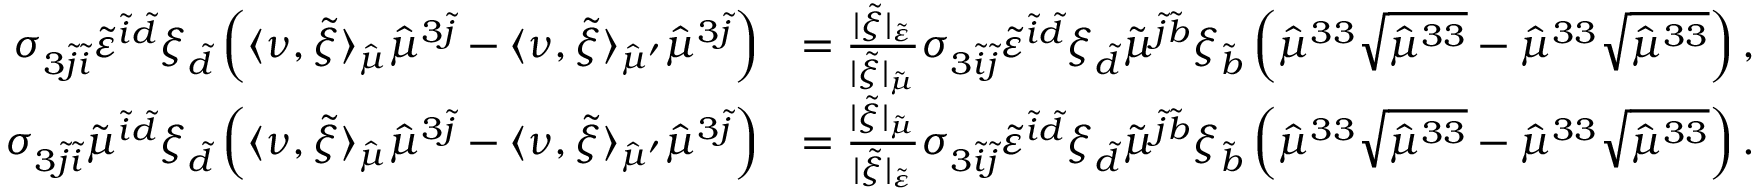
\begin{array} { r l } { \sigma _ { 3 \tilde { j } \tilde { i } } \tilde { \varepsilon } ^ { \tilde { i } \tilde { d } } \xi _ { \tilde { d } } \left( \langle \nu , \tilde { \xi } \rangle _ { \hat { \mu } } \hat { \mu } ^ { 3 \tilde { j } } - \langle \nu , \tilde { \xi } \rangle _ { \hat { \mu } ^ { \prime } } \hat { \mu } ^ { 3 \tilde { j } } \right) } & { = \frac { \lvert \tilde { \xi } \rvert _ { \tilde { \varepsilon } } } { \lvert \tilde { \xi } \rvert _ { \tilde { \mu } } } \sigma _ { 3 \tilde { i } \tilde { j } } \tilde { \varepsilon } ^ { \tilde { i } \tilde { d } } \xi _ { \tilde { d } } \tilde { \mu } ^ { \tilde { j } \tilde { b } } \xi _ { \tilde { b } } \left( \hat { \mu } ^ { 3 3 } \sqrt { \hat { \mu } ^ { 3 3 } } - \hat { \mu } ^ { 3 3 } \sqrt { \hat { \mu } ^ { 3 3 } } \right) , } \\ { \sigma _ { 3 \tilde { j } \tilde { i } } \tilde { \mu } ^ { \tilde { i } \tilde { d } } \xi _ { \tilde { d } } \left( \langle \nu , \tilde { \xi } \rangle _ { \hat { \mu } } \hat { \mu } ^ { 3 \tilde { j } } - \langle \nu , \tilde { \xi } \rangle _ { \hat { \mu } ^ { \prime } } \hat { \mu } ^ { 3 \tilde { j } } \right) } & { = \frac { \lvert \tilde { \xi } \rvert _ { \tilde { \mu } } } { \lvert \tilde { \xi } \rvert _ { \tilde { \varepsilon } } } \sigma _ { 3 \tilde { i } \tilde { j } } \tilde { \varepsilon } ^ { \tilde { i } \tilde { d } } \xi _ { \tilde { d } } \tilde { \mu } ^ { \tilde { j } \tilde { b } } \xi _ { \tilde { b } } \left( \hat { \mu } ^ { 3 3 } \sqrt { \hat { \mu } ^ { 3 3 } } - \hat { \mu } ^ { 3 3 } \sqrt { \hat { \mu } ^ { 3 3 } } \right) . } \end{array}